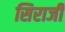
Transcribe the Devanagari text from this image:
सिराजी